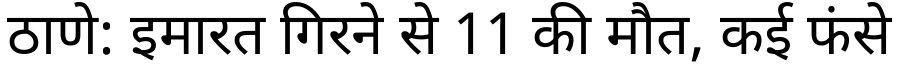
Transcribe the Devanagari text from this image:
ठाणे: इमारत गिरने से 11 की मौत, कई फंसे